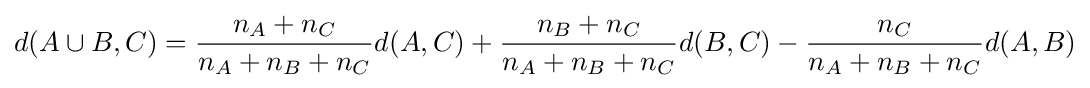
d(A\cup B,C)={\frac {n_{A}+n_{C}}{n_{A}+n_{B}+n_{C}}}d(A,C)+{\frac {n_{B}+n_{C}}{n_{A}+n_{B}+n_{C}}}d(B,C)-{\frac {n_{C}}{n_{A}+n_{B}+n_{C}}}d(A,B)